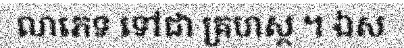
លាភេទ ទៅជា គ្រហស្ថ ។ ឯស